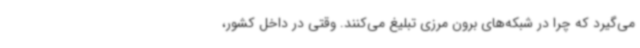
می‌گیرد که چرا در شبکه‌های برون مرزی تبلیغ می‌کنند. وقتی در داخل کشور،